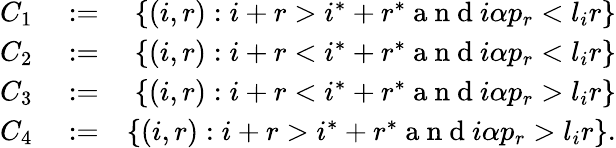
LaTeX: \begin{array}{rlr}{C_{1}}&{{}:=}&{\{ (i,r):i+r>i^{*}+r^{*}\mathrm{~a~n~d~}i\alpha p_{r}<l_{i}r\} }\\ {C_{2}}&{{}:=}&{\{ (i,r):i+r<i^{*}+r^{*}\mathrm{~a~n~d~}i\alpha p_{r}<l_{i}r\} }\\ {C_{3}}&{{}:=}&{\{ (i,r):i+r<i^{*}+r^{*}\mathrm{~a~n~d~}i\alpha p_{r}>l_{i}r\} }\\ {C_{4}}&{{}:=}&{\{ (i,r):i+r>i^{*}+r^{*}\mathrm{~a~n~d~}i\alpha p_{r}>l_{i}r\} .}\end{array}